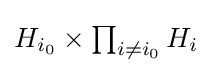
{\textstyle H_{i_{0}}\times \prod _{i\not =i_{0}}H_{i}}